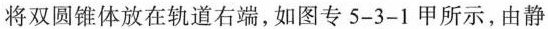
将双圆锥体放在轨道右端，如图专5-3-1甲所示，由静